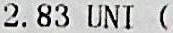
2.83 UNI (